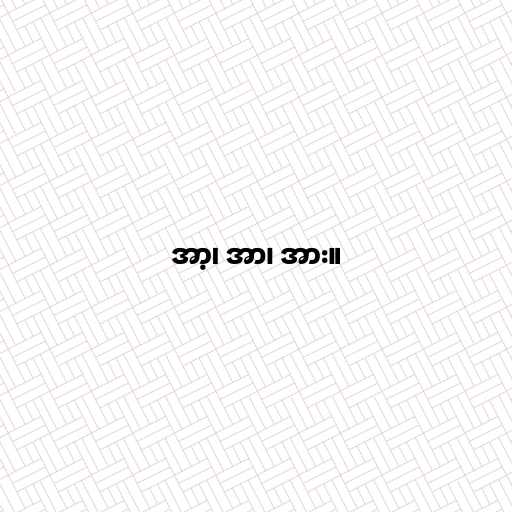
အာ့၊ အာ၊ အား။